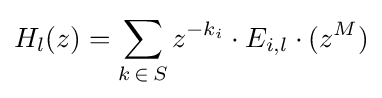
H_{l}(z)=\sum _{k\mathop {\in } S}z^{-k_{i}}\cdot E_{i,l}\cdot (z^{M})